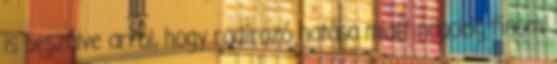
is beszélve arról, hogy radírozó hatása miatt napokig finom,